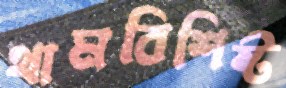
থামবিশিষ্ট